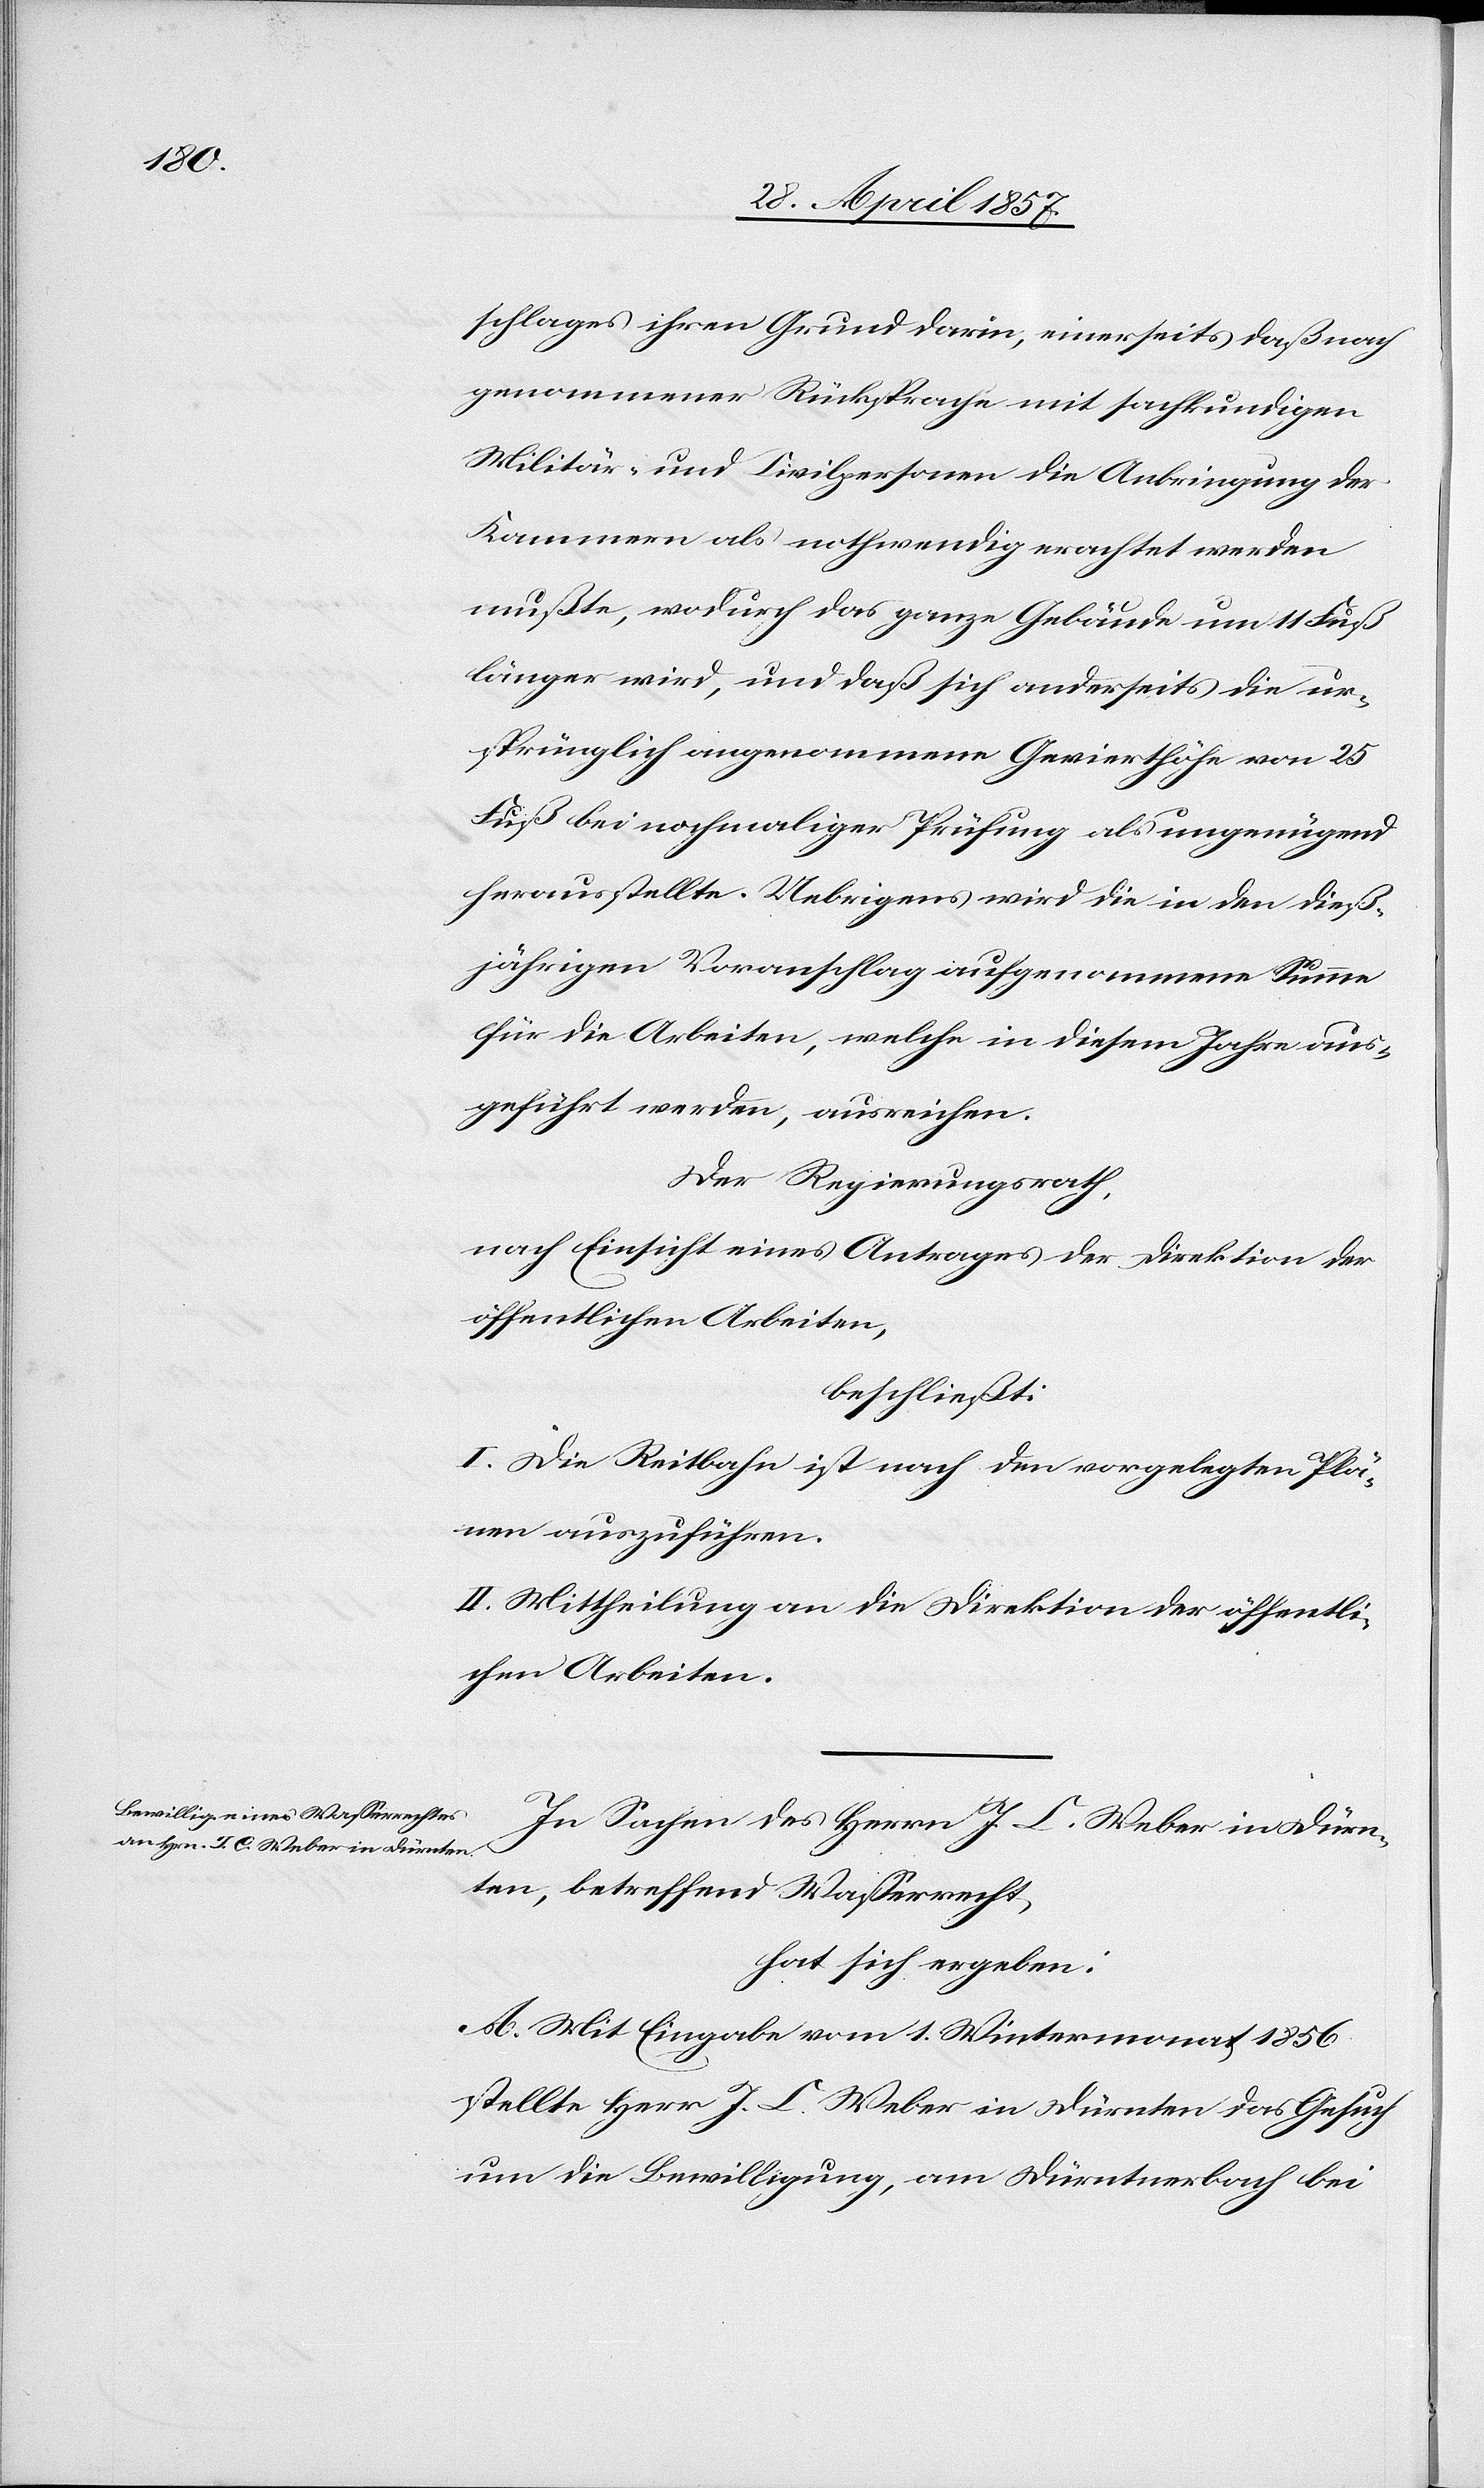
schlages ihren Grund darin, einerseits daß nach
genommener Rückssprache mit sachkundigen
Militär- und Civilpersonen die Anbringung der
Kammern als nothwendig erachtet werden
mußte, wodurch das ganze Gebäude um 11 Fuß
länger wird, und daß sich anderseits die ur¬
sprünglich angenommene Gevierthöhe von 25
Fuß bei nochmaliger Prüfung als ungenügend
herausstellte. Uebrigens wird die in den dieß¬
jährigen Voranschlag aufgenommene Summe
für die Arbeiten, welche in diesem Jahre aus¬
geführt werden, ausreichen.
Der Regierungsrath,
nach Einsicht eines Antrages der Direktion der
öffentlichen Arbeiten,
beschließt:
I. Die Reitbahn ist nach den vorgelegten Plä¬
nen auszuführen.
II. Mittheilung an die Direktion der öffentli¬
chen Arbeiten.
In Sachen des Herrn J. C. Weber in Dürn¬
ten, betreffend Waßerrecht,
hat sich ergeben:
A. Mit Eingabe vom 1 Wintermonat 1856
stellte Herr J. C. Weber in Dürnten das Gesuch
um die Bewilligung, am Dürntnerbach bei